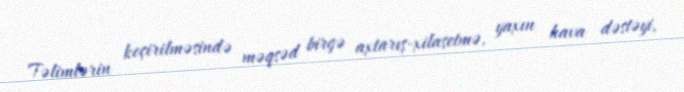
Təlimlərin keçirilməsində məqsəd birgə axtarış-xilasetmə, yaxın hava dəstəyi,